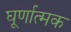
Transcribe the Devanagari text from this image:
घूर्णात्मक